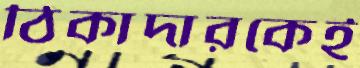
ঠিকাদারকেই